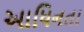
આધિનતા